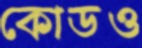
কোডও